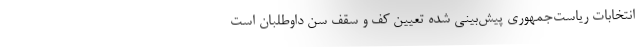
انتخابات ریاست‌جمهوری پیش‌بینی شده تعیین کف و سقف سن داوطلبان است